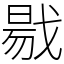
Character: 㦹